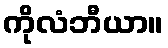
ကိုလံဘီယာ။